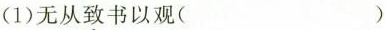
(1)无从\underset{·}{致}书以观( )